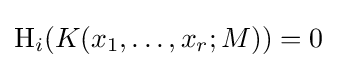
\operatorname {H} _{i}(K(x_{1},\dots ,x_{r};M))=0